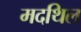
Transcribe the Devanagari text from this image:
मदथिल